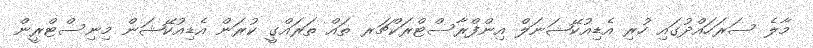
މާލެ ސަރަހައްދުގައި ހުރި އެޑިއުކޭޝަނަލް އިންފްރާސްޓްރަކްޗަރ ތައް ތަރައްގީ ކުރަން އެޑިއުކޭޝަން މިނިސްޓްރީން